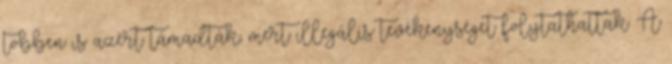
többen is azért támadták, mert illegális tevékenységet folytathattak. A